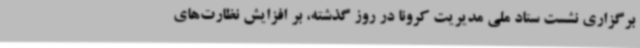
برگزاری نشست ستاد ملی مدیریت کرونا در روز گذشته، بر افزایش نظارت‌های